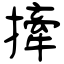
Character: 撁